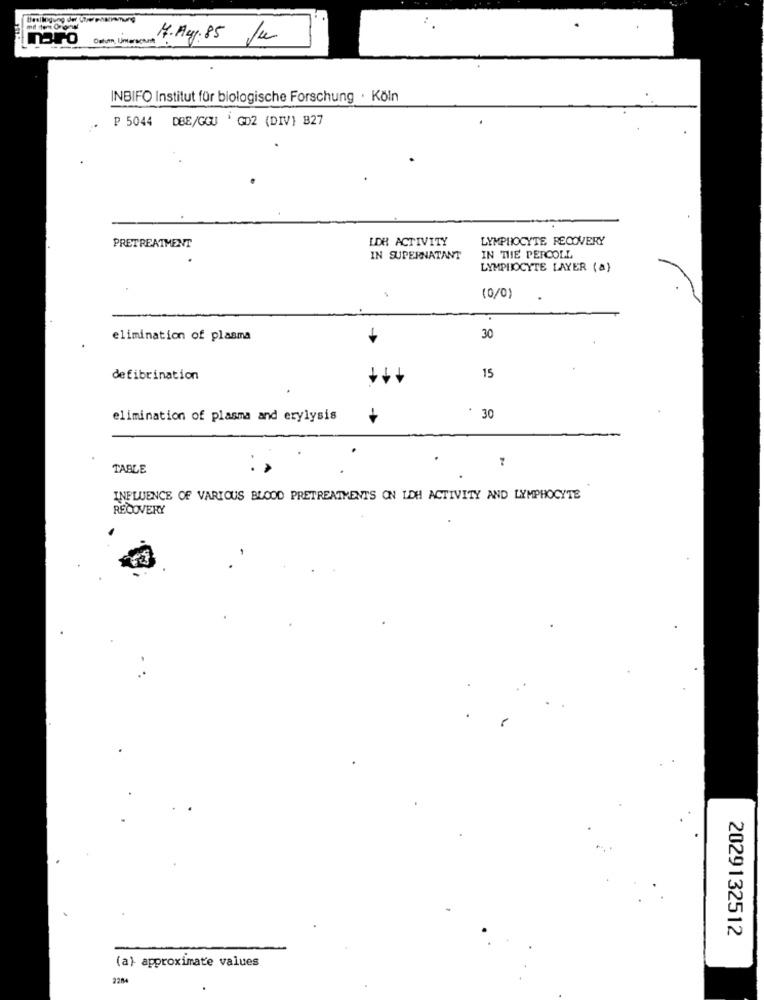
Heilung de Gwpharming
INBIFO Institut für biologische Forschung · Köln
P 5044 DBE/GGU ' GD2 (DIV} B27
LDH ACTIVITY
LYMPHOCYTE RECOVERY
PRETREATMENT
IN SUPERNATANT
IN THE PERCOLL
LYMPHOCYTE LAYER (a)
(0/0)
elimination of plasma
30
15
defibrination
elimination of plasma and erylysis
30
TABLE
INFLUENCE OF VARIOUS BLOOD PRETREATMENTS ON LDH ACTIVITY AND LYMPHOCYTE
RECOVERY
2029132512
(a) approximate values
2204